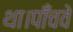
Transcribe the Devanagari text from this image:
था।पाँचवे